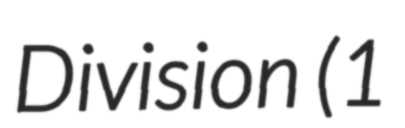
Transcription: Division (1